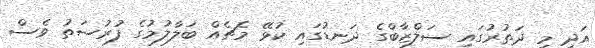
އަދި މި ދަތުރުގައި ސަލްޒާބްގެ ދަނޑުގައި ކުޅޭ މެޗެއް ބަލާލުމުގެ ފުރުސަތު ވެސް